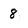
Character: 8